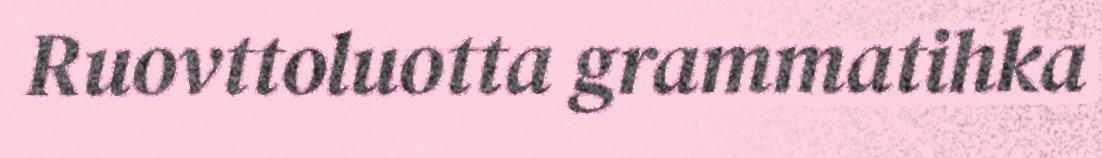
Ruovttoluotta grammatihka